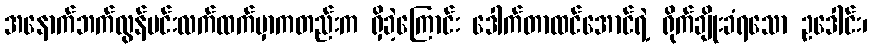
အနောက်ဘက်လွန်မင်းလက်ထက်မှာကတည်းက ရှိခဲ့ကြောင်း ဒေါက်တာထင်အောင်ရဲ့ ရိုက်ချိုးခံရသော ဥဒေါင်း၊